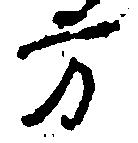
方